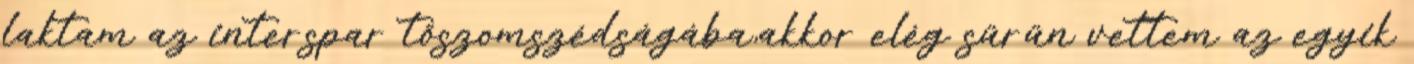
laktam az interspar tőszomszédságába,akkor elég sűrűn vettem az egyik